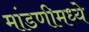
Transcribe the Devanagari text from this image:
मांडणीमध्ये